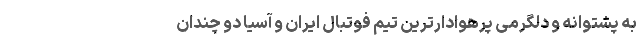
به پشتوانه و دلگرمی پرهوادارترین تیم فوتبال ایران و آسیا دو چندان